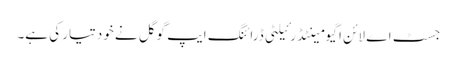
جسٹ اے لائن اگیومینٹڈ رئیلٹی ڈرائنگ ایپ گوگل نے خود تیار کی ہے۔